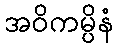
အဝိကမ္ပိနံ